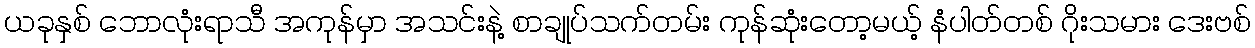
ယခုနှစ် ဘောလုံးရာသီ အကုန်မှာ အသင်းနဲ့ စာချုပ်သက်တမ်း ကုန်ဆုံးတော့မယ့် နံပါတ်တစ် ဂိုးသမား ဒေးဗစ်